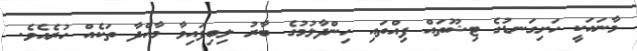
މާނައަކީ ހަށިގަނޑުގެ ޓިޝޫތައް ފިއްތައި ހިންދާލުމުގެ ބާރު ލިބިފައިވާ މާއްދާ ތަކެއް ހުރެއެވެ.